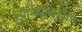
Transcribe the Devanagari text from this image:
त्यांच्यांवरील